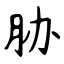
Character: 胁